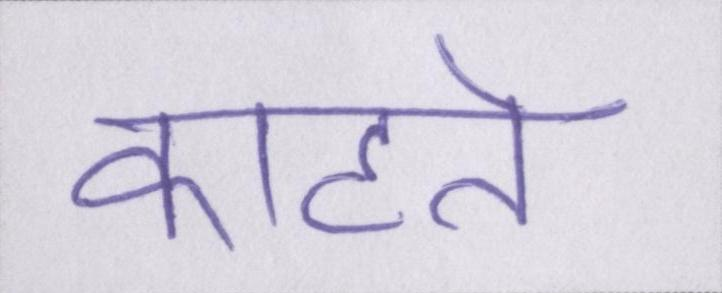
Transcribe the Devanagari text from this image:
काटते